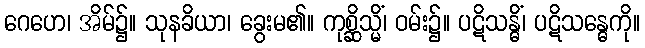
ဂေဟေ၊ အိမ်၌။ သုနခိယာ၊ ခွေးမ၏။ ကုစ္ဆိသ္မိံ၊ ဝမ်း၌။ ပဋိသန္ဓိံ၊ ပဋိသန္ဓေကို။